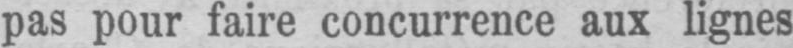
pas pour faire concurrence aux lignes